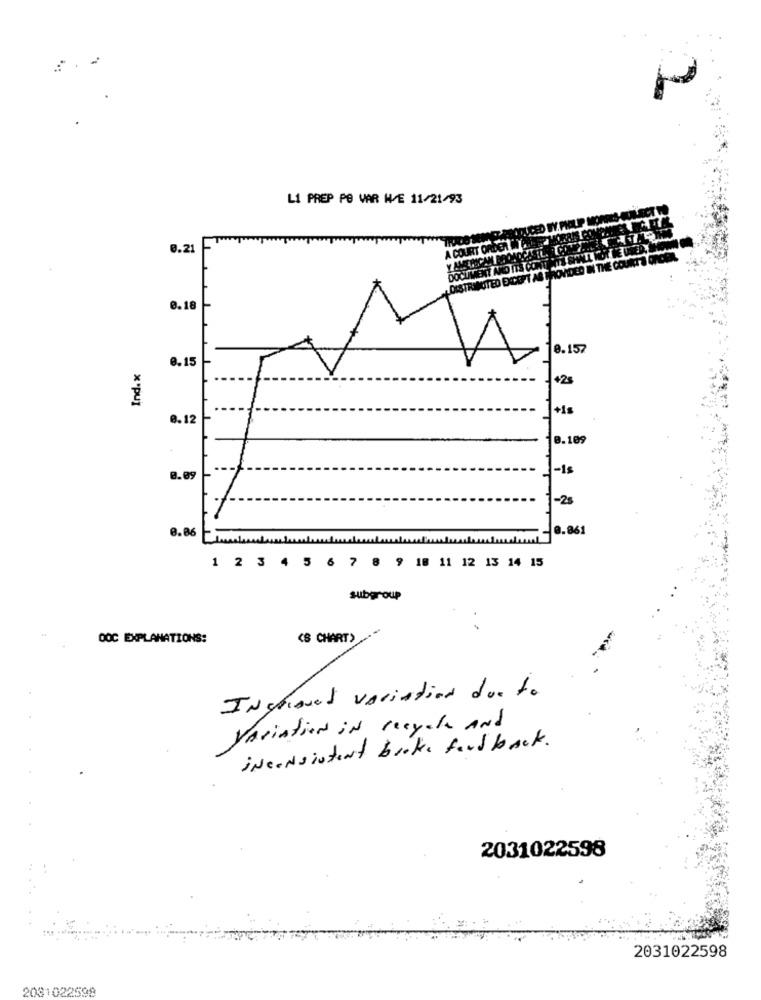
L1 PREP PO VAR W/E 11/21/93
CED WY
0.21
A COURT
RENT AND ITS CONT
DOCU
TED EXCEPT A
0.18
8.157
8.15
+25
x*pu]
+15
0.12
8.109
-1s
8.09
-25
0.06
0.861
1 2 3 4 5 6 7 8 9 18 11 12 13 14 15
subgroup
OOC EXPLANATIONS:
(S CHART)
INshoved variation due to
Variation in recycle And
inconsistent broke feed back.
2031022598
2031022598
2081022599